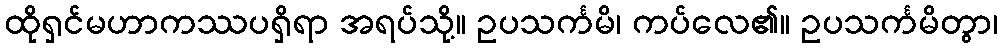
ထိုရှင်မဟာကဿပရှိရာ အရပ်သို့။ ဥပသင်္ကမိ၊ ကပ်လေ၏။ ဥပသင်္ကမိတွာ၊